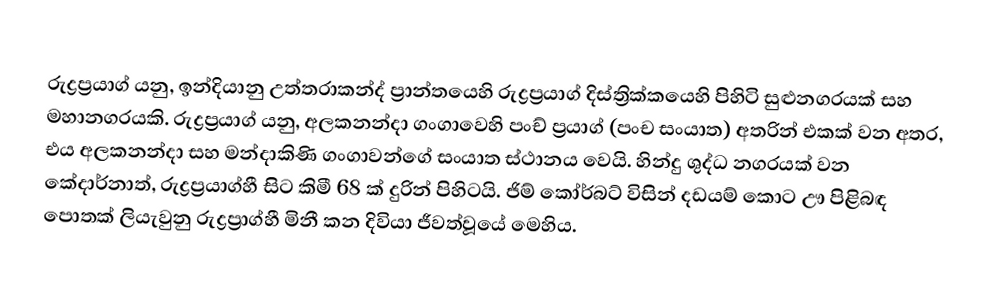
රුද්‍රප්‍රයාග් යනු, ඉන්දියානු උත්තරාකන්ද් ප්‍රාන්තයෙහි රුද්‍රප්‍රයාග් දිස්ත්‍රික්කයෙහි පිහිටි සුළුනගරයක් සහ මහානගරයකි. රුද්‍රප්‍රයාග් යනු, අලකනන්දා ගංගාවෙහි පංච් ප්‍රයාග් (පංච සංයාත) අතරින් එකක් වන අතර, එය අලකනන්දා සහ මන්දාකිණි ගංගාවන්‌ගේ සංයාත ස්ථානය වෙයි.  හින්දු ශුද්ධ නගරයක් වන කේදාර්නාත්, රුද්‍රප්‍රයාග්හී සිට කිමී 68 ක් දුරින් පිහිටයි. ජිම් කෝර්බට් විසින් දඩයම් කොට ඌ පිළිබඳ පොතක් ලියැවුනු රුද්‍රප්‍රාග්හී මිනී කන දිවියා ජීවත්වූයේ මෙහිය.